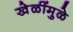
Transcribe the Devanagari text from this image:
खेळींमुळे